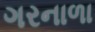
ગરનાળા